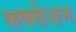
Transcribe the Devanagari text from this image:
लक्सेशन